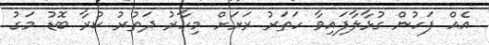
އެއް ފަހުން ގުޅާލާފައިވާ ހަތަރު ރަށަށް މިހާރު ދަތުރު ކުރާ ބޮޑު މަގު